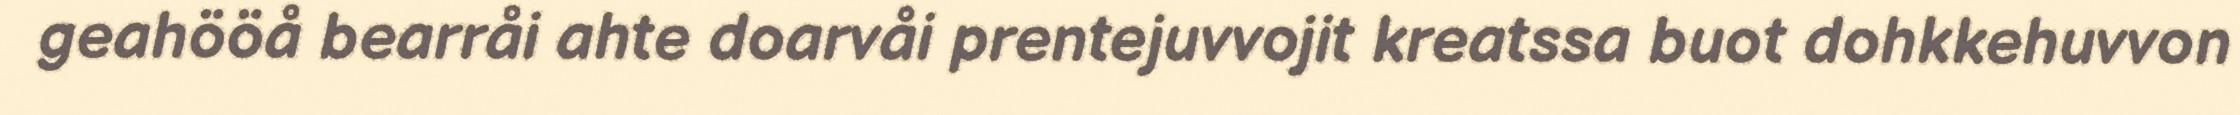
geahööå bearråi ahte doarvåi prentejuvvojit kreatssa buot dohkkehuvvon